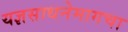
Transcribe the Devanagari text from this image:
यज्ञसाधनेमागचा